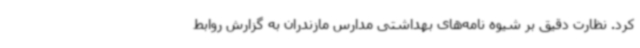
کرد. نظارت دقیق بر شیوه نامه‌های بهداشتی مدارس مازندران به گزارش روابط